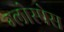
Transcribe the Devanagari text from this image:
ग्लोस्पेस